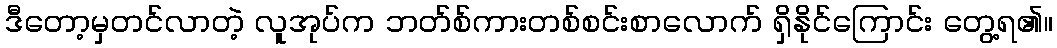
ဒီတော့မှတင်လာတဲ့ လူအုပ်က ဘတ်စ်ကားတစ်စင်းစာလောက် ရှိနိုင်ကြောင်း တွေ့ရ၏။